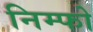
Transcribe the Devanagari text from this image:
निम्फो